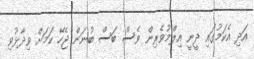
އަދި އެކަމުގައި ދީނީ އިލްމުވެރިން ވެސް ބަސް ބުނަން ޖެހޭ ކަމަށް ވިދާޅުވި